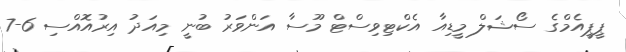
ޕީޕީއެމްގެ ސޯޝަލް މީޑިއާ އެކްޓިވިސްޓް މޫސާ އަންވަރު ބުނީ މިއަދު އިރުއޮއްސި 6-7